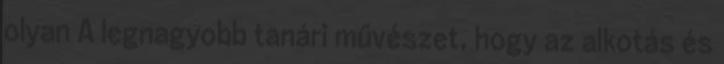
olyan A legnagyobb tanári művészet, hogy az alkotás és